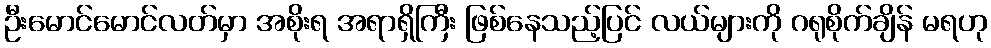
ဦးမောင်မောင်လတ်မှာ အစိုးရ အရာရှိကြီး ဖြစ်နေသည့်ပြင် လယ်များကို ဂရုစိုက်ချိန် မရဟု